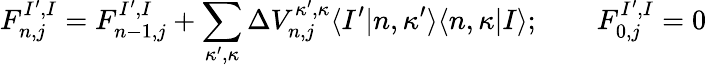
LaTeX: F_{n,j}^{I^{\prime},I}=F_{n-1,j}^{I^{\prime},I}+\sum_{\kappa^{\prime},\kappa}\Delta V_{n,j}^{\kappa^{\prime},\kappa}\langle I^{\prime}|n,\kappa^{\prime}\rangle\langle n,\kappa|I\rangle;\qquad F_{0,j}^{I^{\prime},I}=0